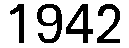
1942